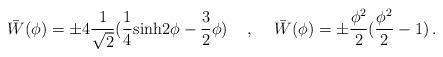
LaTeX: \begin{align*}\bar{W}(\phi)=\pm 4\frac{1}{\sqrt 2}(\frac{1}{4}{\rm sinh}2\phi-\frac{3}{2}\phi ) \hspace{0.5cm},\hspace{0.5cm}\bar{W}(\phi)=\pm\frac{\phi^2}{2}(\frac{\phi^2}{2}-1)\,.\end{align*}